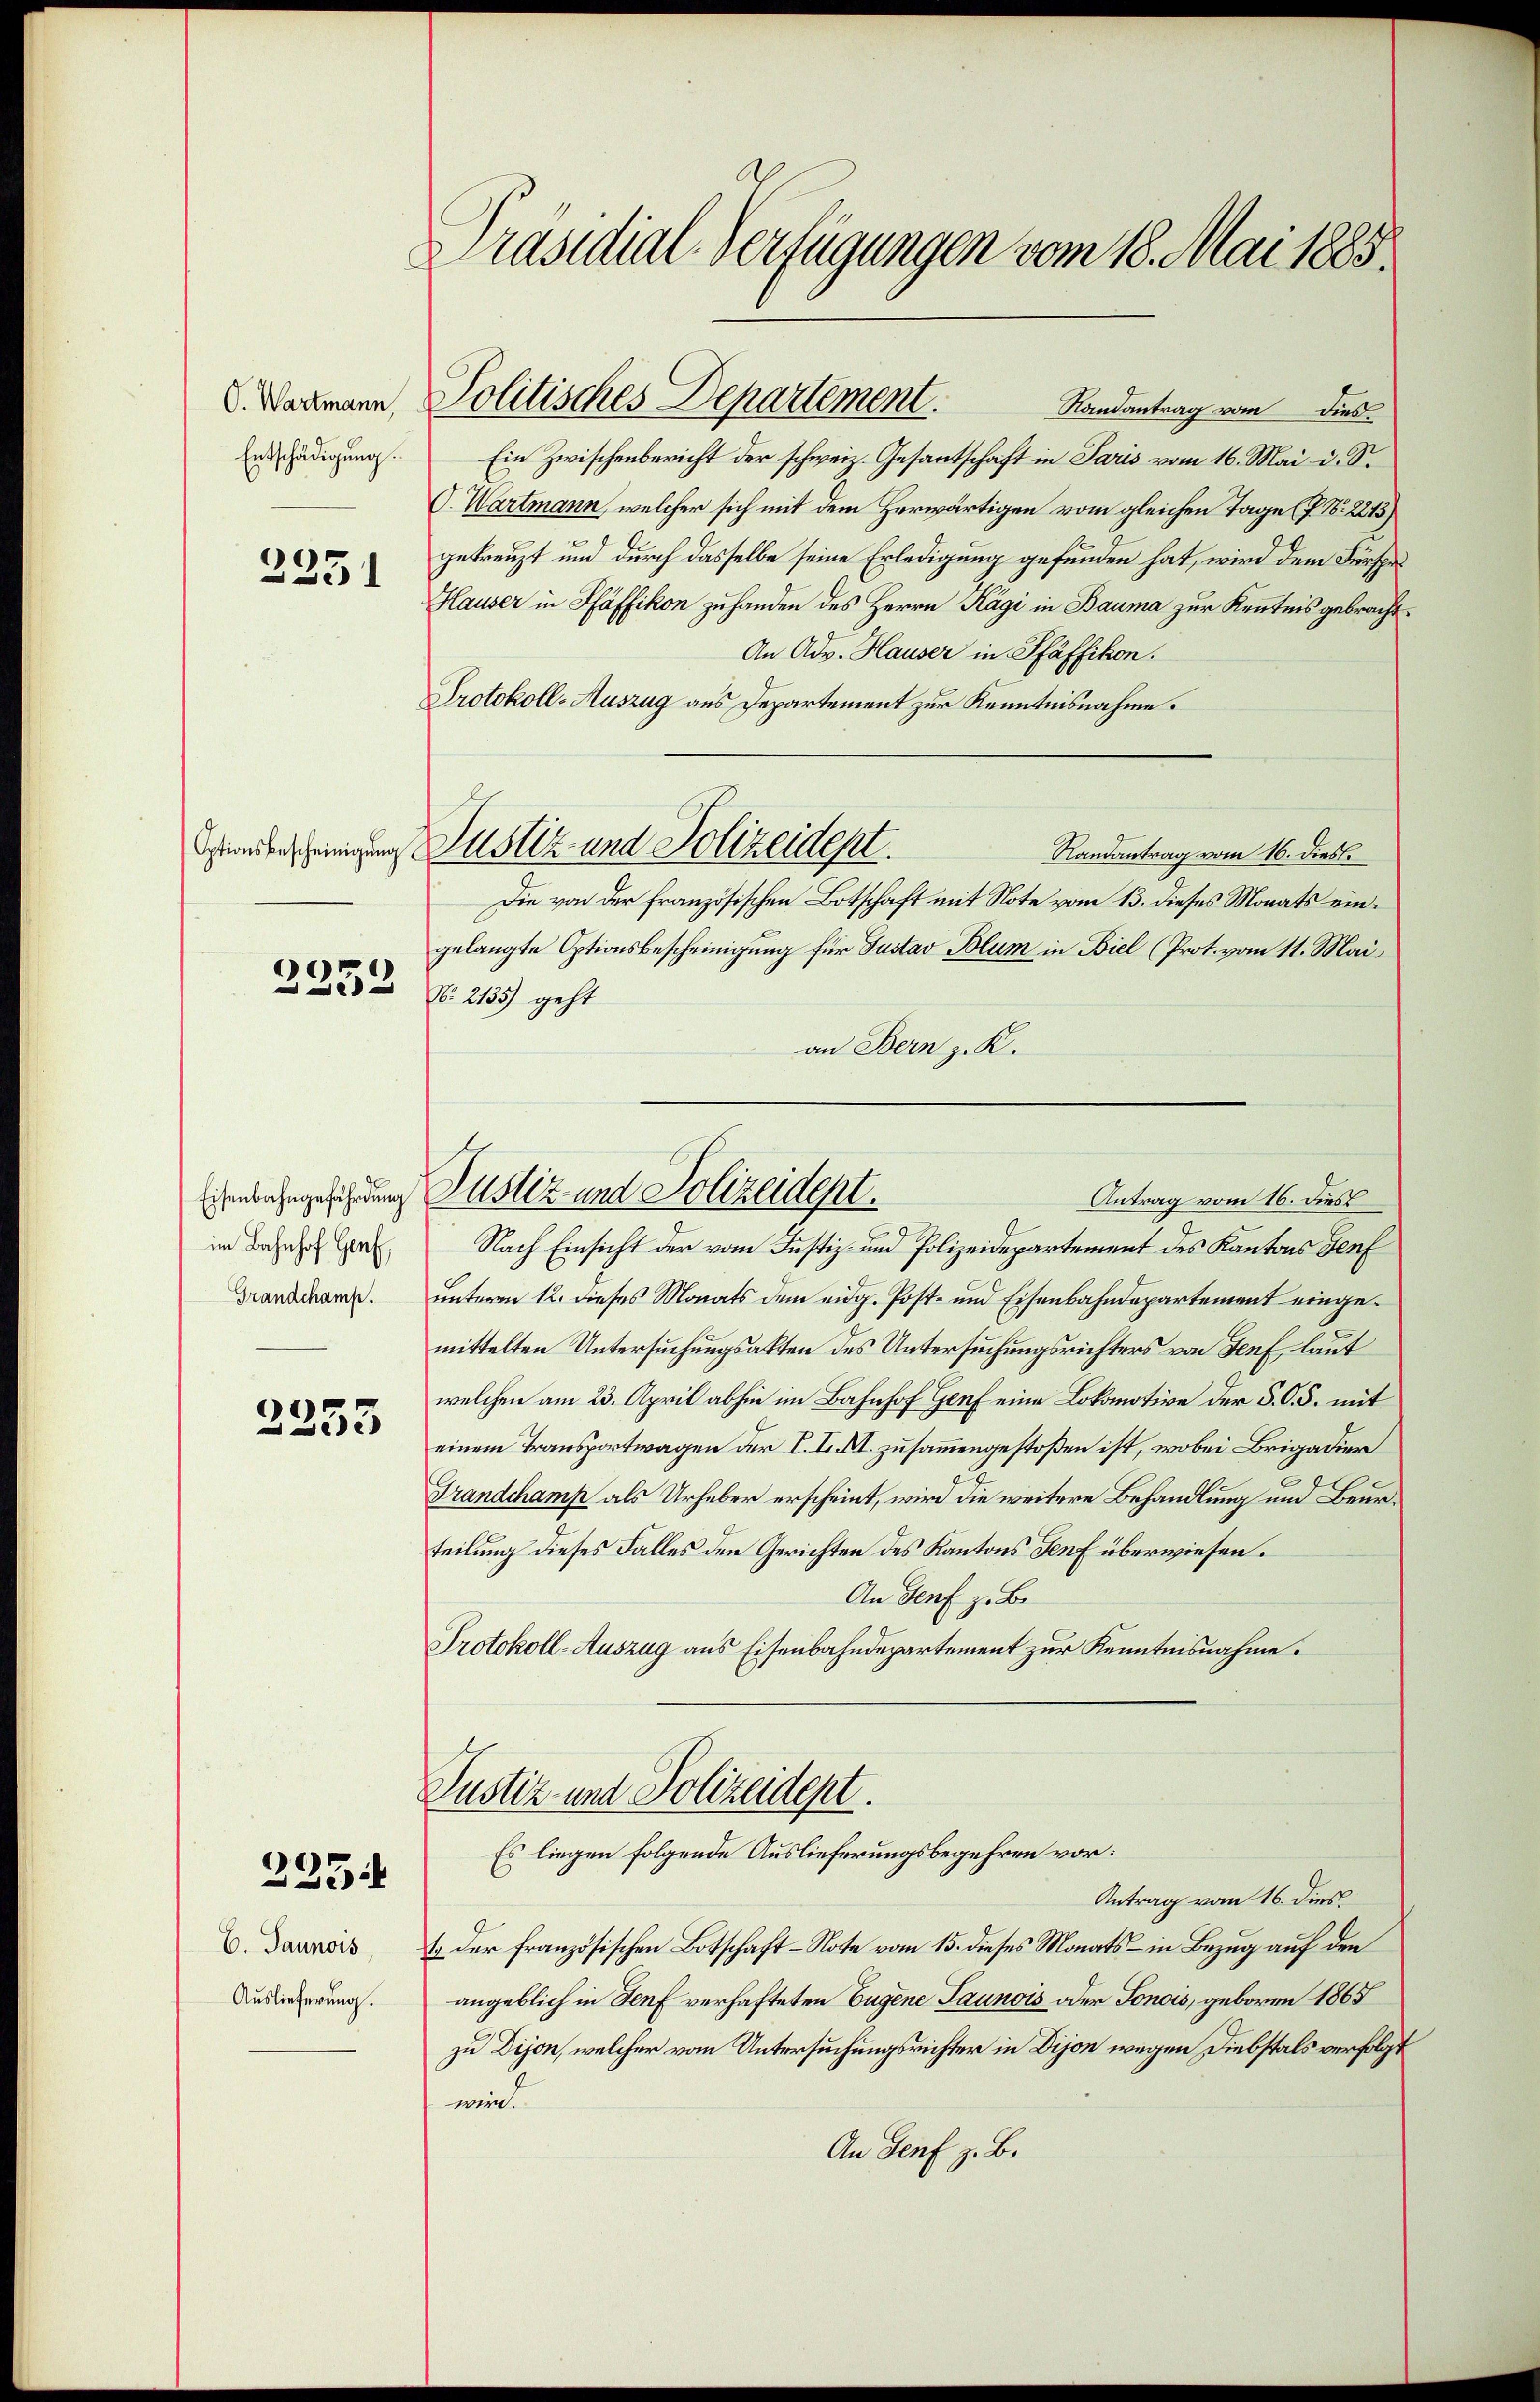
O. Wartmann,
Entschädigung.

2251

2253

im Bahnhof Genf,
Grandchamp.

2253

235.

6. Jaunois,
Auslieferung.

Präsidial-Verfügungen vom 18. Mai 1885.

Randantrag vom dies
Ein Zwischenbericht der schweiz. Gesantschaft in Paris vom 16. Mai d. S.
O. Wartmann, welcher sich mit dem Herwärtigen vom gleichen Tage (P. Nr. 2215)
gekreuzt und durch dasselbe seine Erledigung gefunden hat, wird dem Fürspr¬
Hauser in Pfäffikon zuhanden des Herrn Kägi in Bauma zur Kenntnis gebracht.
An Adv. Hauser in Pfäffikon.
Protokoll-Auszug aus Departement zur Kenntnisnahme.
Randantrag vom 16. dies
Die von der französischen Botschaft mit Note vom 13. dieses Monats eingelangte Optionsbescheinigung für Justav Blum in Biel (Prot. vom 11. Mai
N. 2135) geht
an Bern z. K.
Nach Einsicht der vom Justiz- und Polizeidepartement des Kantons Genf
unterm 12. dieses Monats dem eidg. Post- und Eisenbahndepartement eingemittelten Untersuchungsakten des Untersuchungsrichters von Genf, laut
welchen am 23. April abhin im Bahnhof Genf eine Lokomotive der S. O. S. mit
einem Transportwagen der I. I. XI. zusammengestoßen ist, wobei Brigadier
Frandchamp als Urheber erscheint, wird die weitere Behandlung und Beurteilung dieses Falles den Gerichten des Kantons Genf überwiesen.
An Genf z. B.
Protokoll-Auszug aus Eisenbahndepartement zur Kenntnisnahme.
Justiz und Polizeidept.
Es liegen folgende Auslieferungsbegehren vor:
Antrag vom 16. dies
E der französischen Botschaft-Note vom 15. dieses Monats – in Bezug auf den
angeblich in Genf verhafteten Eugene Taunois oder Sonois, geboren 1865
zu Dijon, welcher vom Untersuchungsrichter in Dijon wegen Diebstals verfolgt
wein.
An Genf z. B.

Gunderscheinigung Justiz- und Polizeident.

Politisches Departement.

henbahngeführung Justiz- und Polizeident.
Antrag vom 16. dies